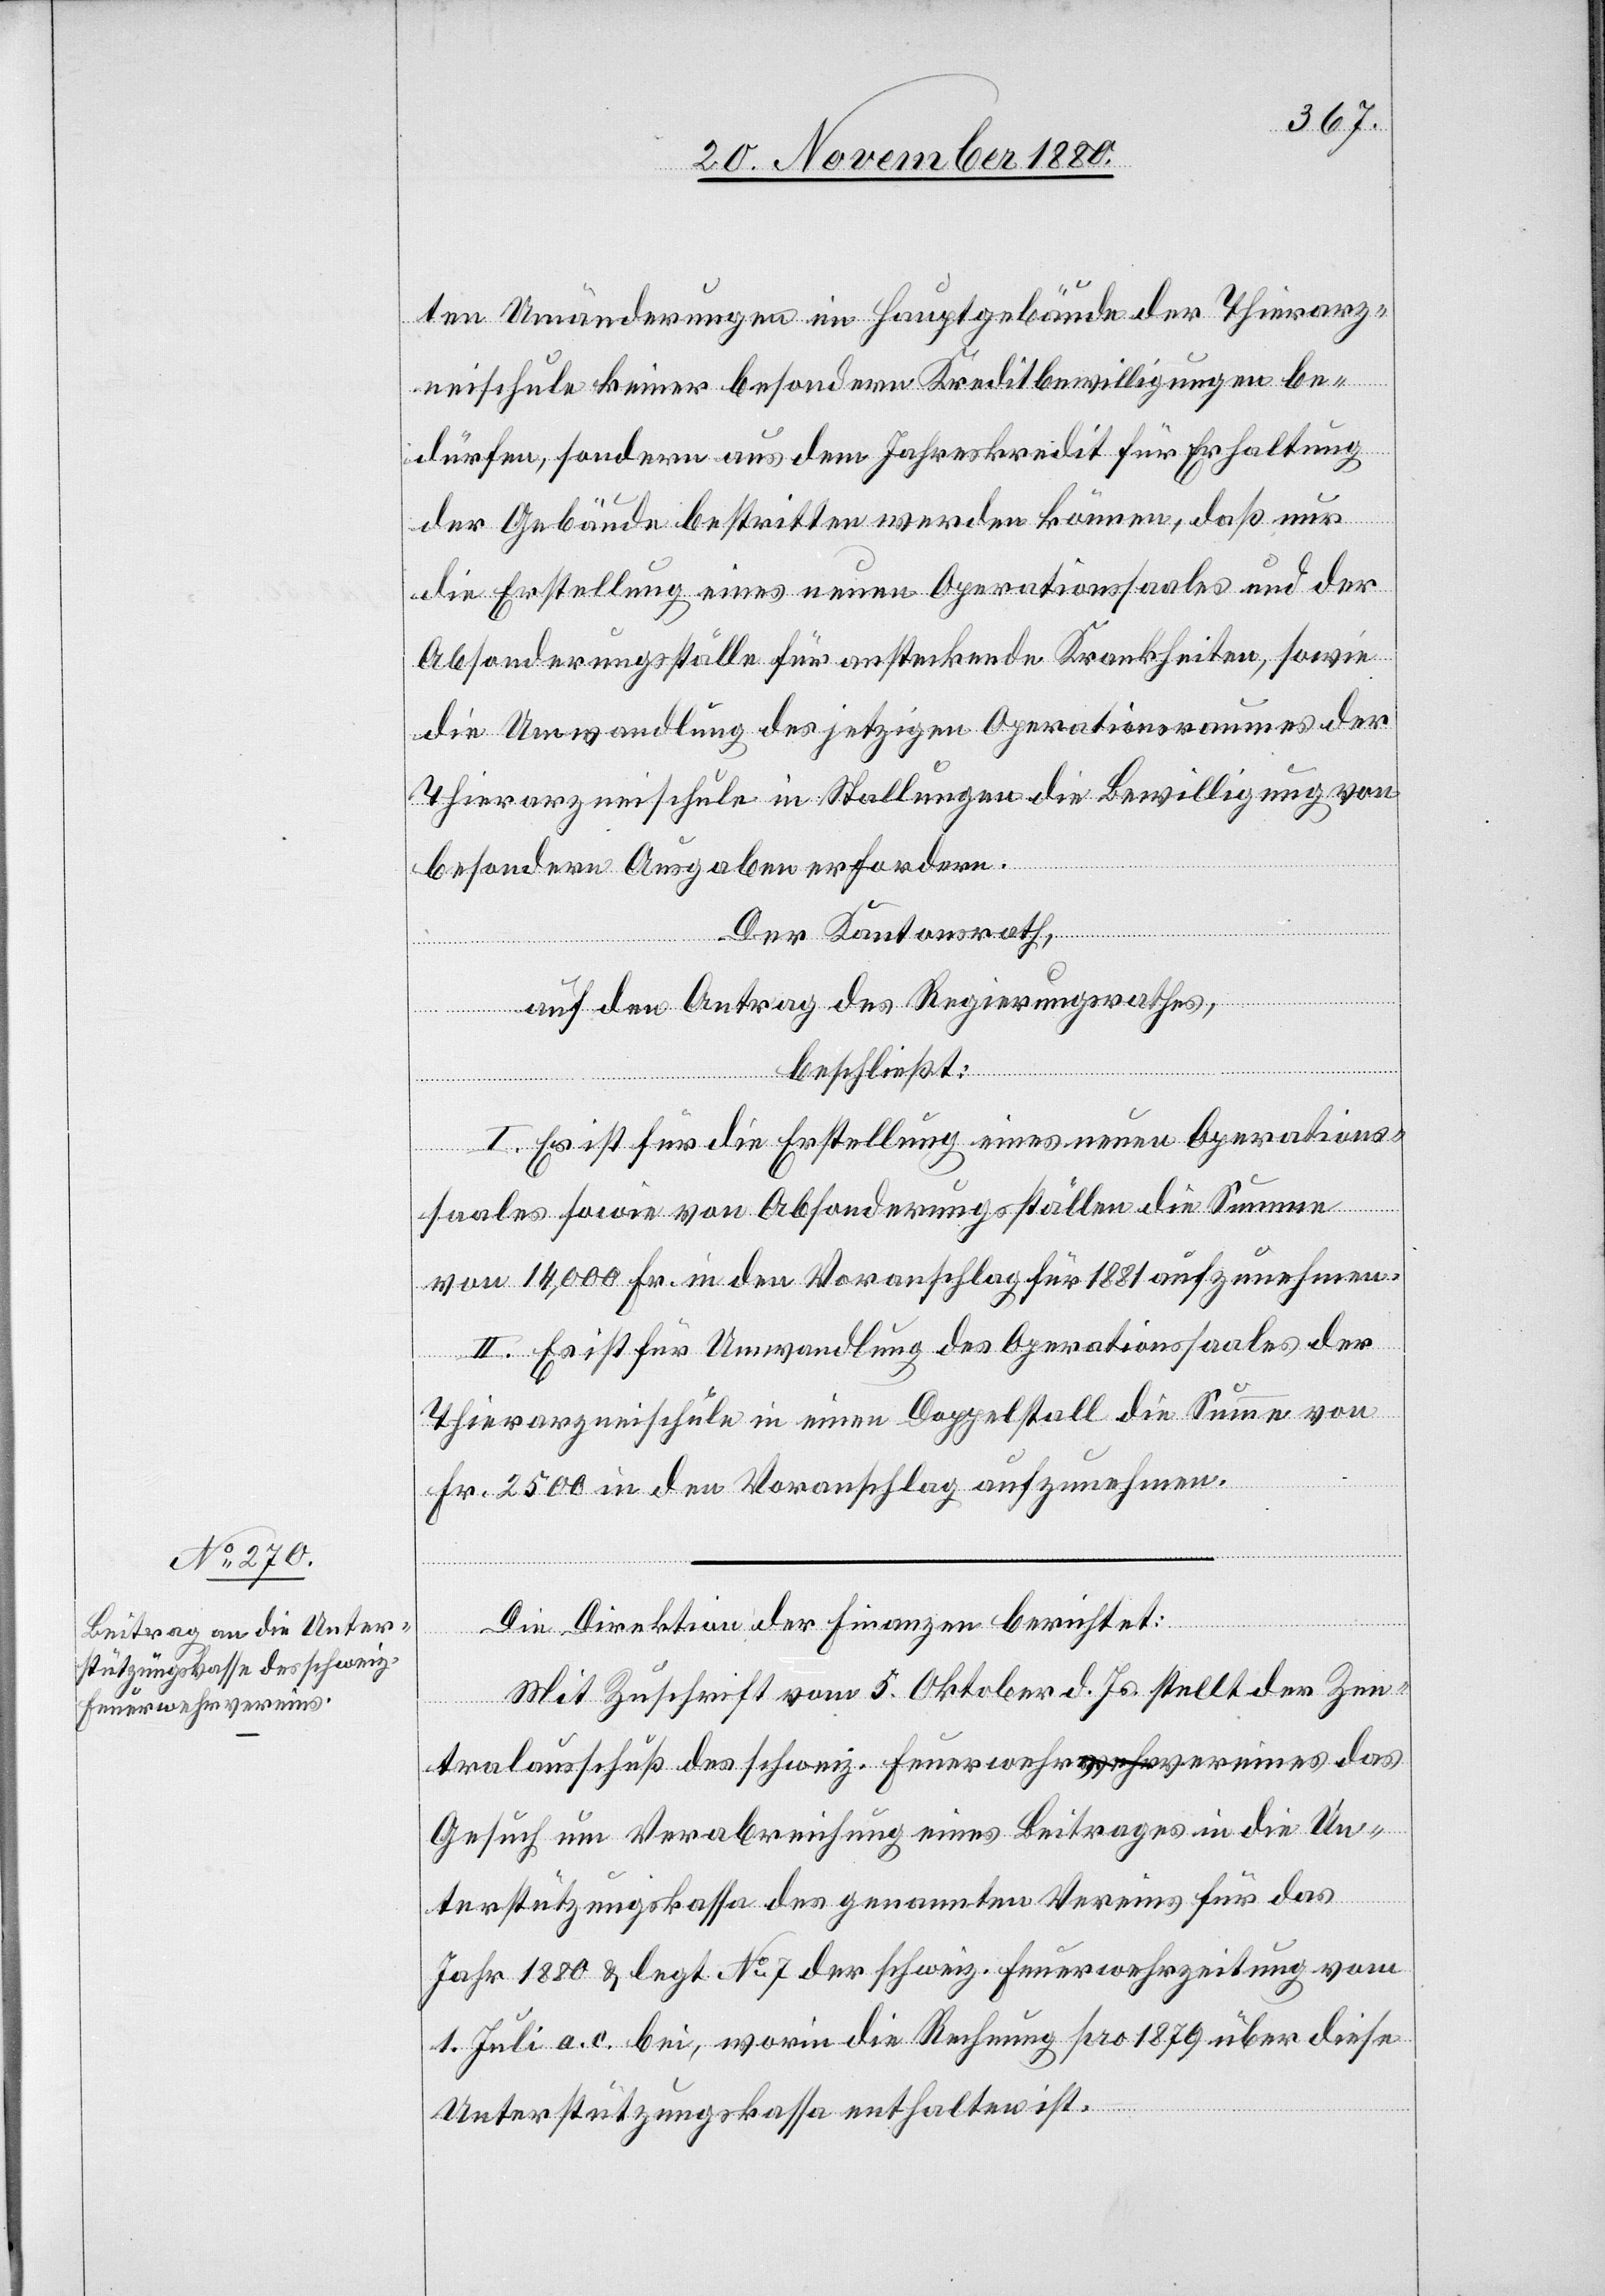
ten Umänderungen im Hauptgebäude der Thierarz¬
neischule keiner besondern Kreditbewilligungen be¬
dürfen, sondern aus dem Jahreskredit für Erhaltung
der Gebäude bestritten werden könne, daß nur
die Erstellung eines neuen Operationssaales und der
Absonderungsställe für ansteckende Krankheiten, sowie
die Umwandlung des jetzigen Operationsraumes der
Thierarzneischule in Stallungen die Bewilligung von
besondern Ausgaben erfordern.
Der Kantonsrath,
auf den Antrag des Regierungsrathes,
beschließt:
I. Es ist für die Erstellung eines neuen Operations¬
saales sowie von Absonderungsställen die Summe
von 14,000 Fr. in den Voranschlag für 1881 aufzunehmen.
II. Es ist für Umwandlung des Operationssaales der
Thierarzneischule in einen Doppelstall die Summe von
Fr. 2500 in den Voranschlag aufzunehmen.
Die Direktion der Finanzen berichtet:
Mit Zuschrift vom 5. Oktober d. Js. stellt der Zen¬
tralausschuß des schweiz. Feuerwehrvereines das
Gesuch um Verabreichung eines Beitrages in die Un¬
terstützungskassa des genannten Vereins für das
Jahr 1880 & legt No 7 der schweiz. Feuerwehrzeitung vom
1. Juli a. c. bei, worin die Rechnung pro 1879 über diese
Unterstützungskassa enthalten ist.